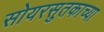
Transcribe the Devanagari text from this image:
सोयरसुतकाच्या